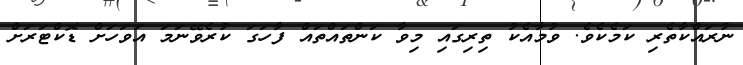
ނުރައްކާތެރި ކަމެކެވެ. ވުމާއެކު ތިރިގައި މިވާ ކަންތައްތައް ފާހަގަ ކުރެވޭނަމަ އަވަހަށް ޑޮކްޓަރަށް